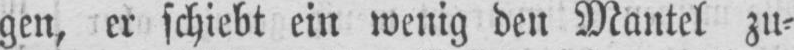
gen, er schiebt ein wenig den Mantel zu⸗